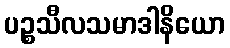
ပဉ္စသီလသမာဒါနိယော